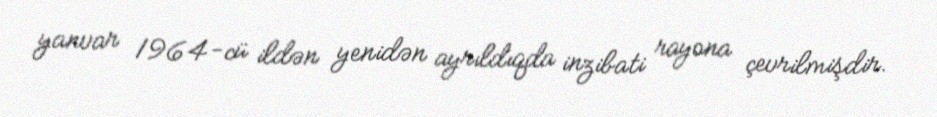
yanvar 1964-cü ildən yenidən ayrıldıqda inzibati rayona çevrilmişdir.